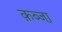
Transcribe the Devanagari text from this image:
क़ब्जा़